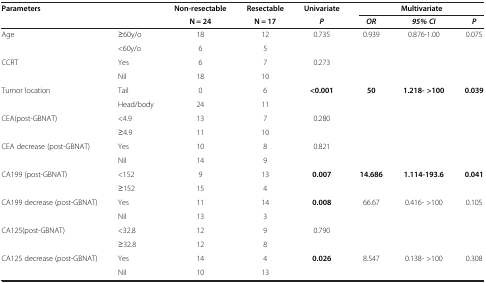
| <COLSPAN=2> Parameters | Non-resectable | Resectable | Univariate | <COLSPAN=3> Multivariate |
 | <COLSPAN=2>  | N = 24 | N = 17 | P | OR | 95% CI | P |
 | --- | --- | --- | --- | --- | --- | --- | --- |
 | Age | ≥60y/o | 18 | 12 | 0.735 | 0.939 | 0.876-1.00 | 0.075 |
 |  | <60y/o | 6 | 5 |  |  |  |  |
 | CCRT | Yes | 6 | 7 | 0.273 |  |  |  |
 |  | Nil | 18 | 10 |  |  |  |  |
 | Tumor location | Tail | 0 | 6 | <0.001 | 50 | 1.218- >100 | 0.039 |
 |  | Head/body | 24 | 11 |  |  |  |  |
 | CEA(post-GBNAT) | <4.9 | 13 | 7 | 0.280 |  |  |  |
 |  | ≥4.9 | 11 | 10 |  |  |  |  |
 | CEA decrease (post-GBNAT) | Yes | 10 | 8 | 0.821 |  |  |  |
 |  | Nil | 14 | 9 |  |  |  |  |
 | CA199 (post-GBNAT) | <152 | 9 | 13 | 0.007 | 14.686 | 1.114-193.6 | 0.041 |
 |  | ≥152 | 15 | 4 |  |  |  |  |
 | CA199 decrease (post-GBNAT) | Yes | 11 | 14 | 0.008 | 66.67 | 0.416- >100 | 0.105 |
 |  | Nil | 13 | 3 |  |  |  |  |
 | CA125(post-GBNAT) | <32.8 | 12 | 9 | 0.790 |  |  |  |
 |  | ≥32.8 | 12 | 8 |  |  |  |  |
 | CA125 decrease (post-GBNAT) | Yes | 14 | 4 | 0.026 | 8.547 | 0.138- >100 | 0.308 |
 |  | Nil | 10 | 13 |  |  |  |  |